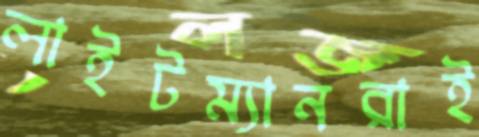
লাইটম্যানরাই